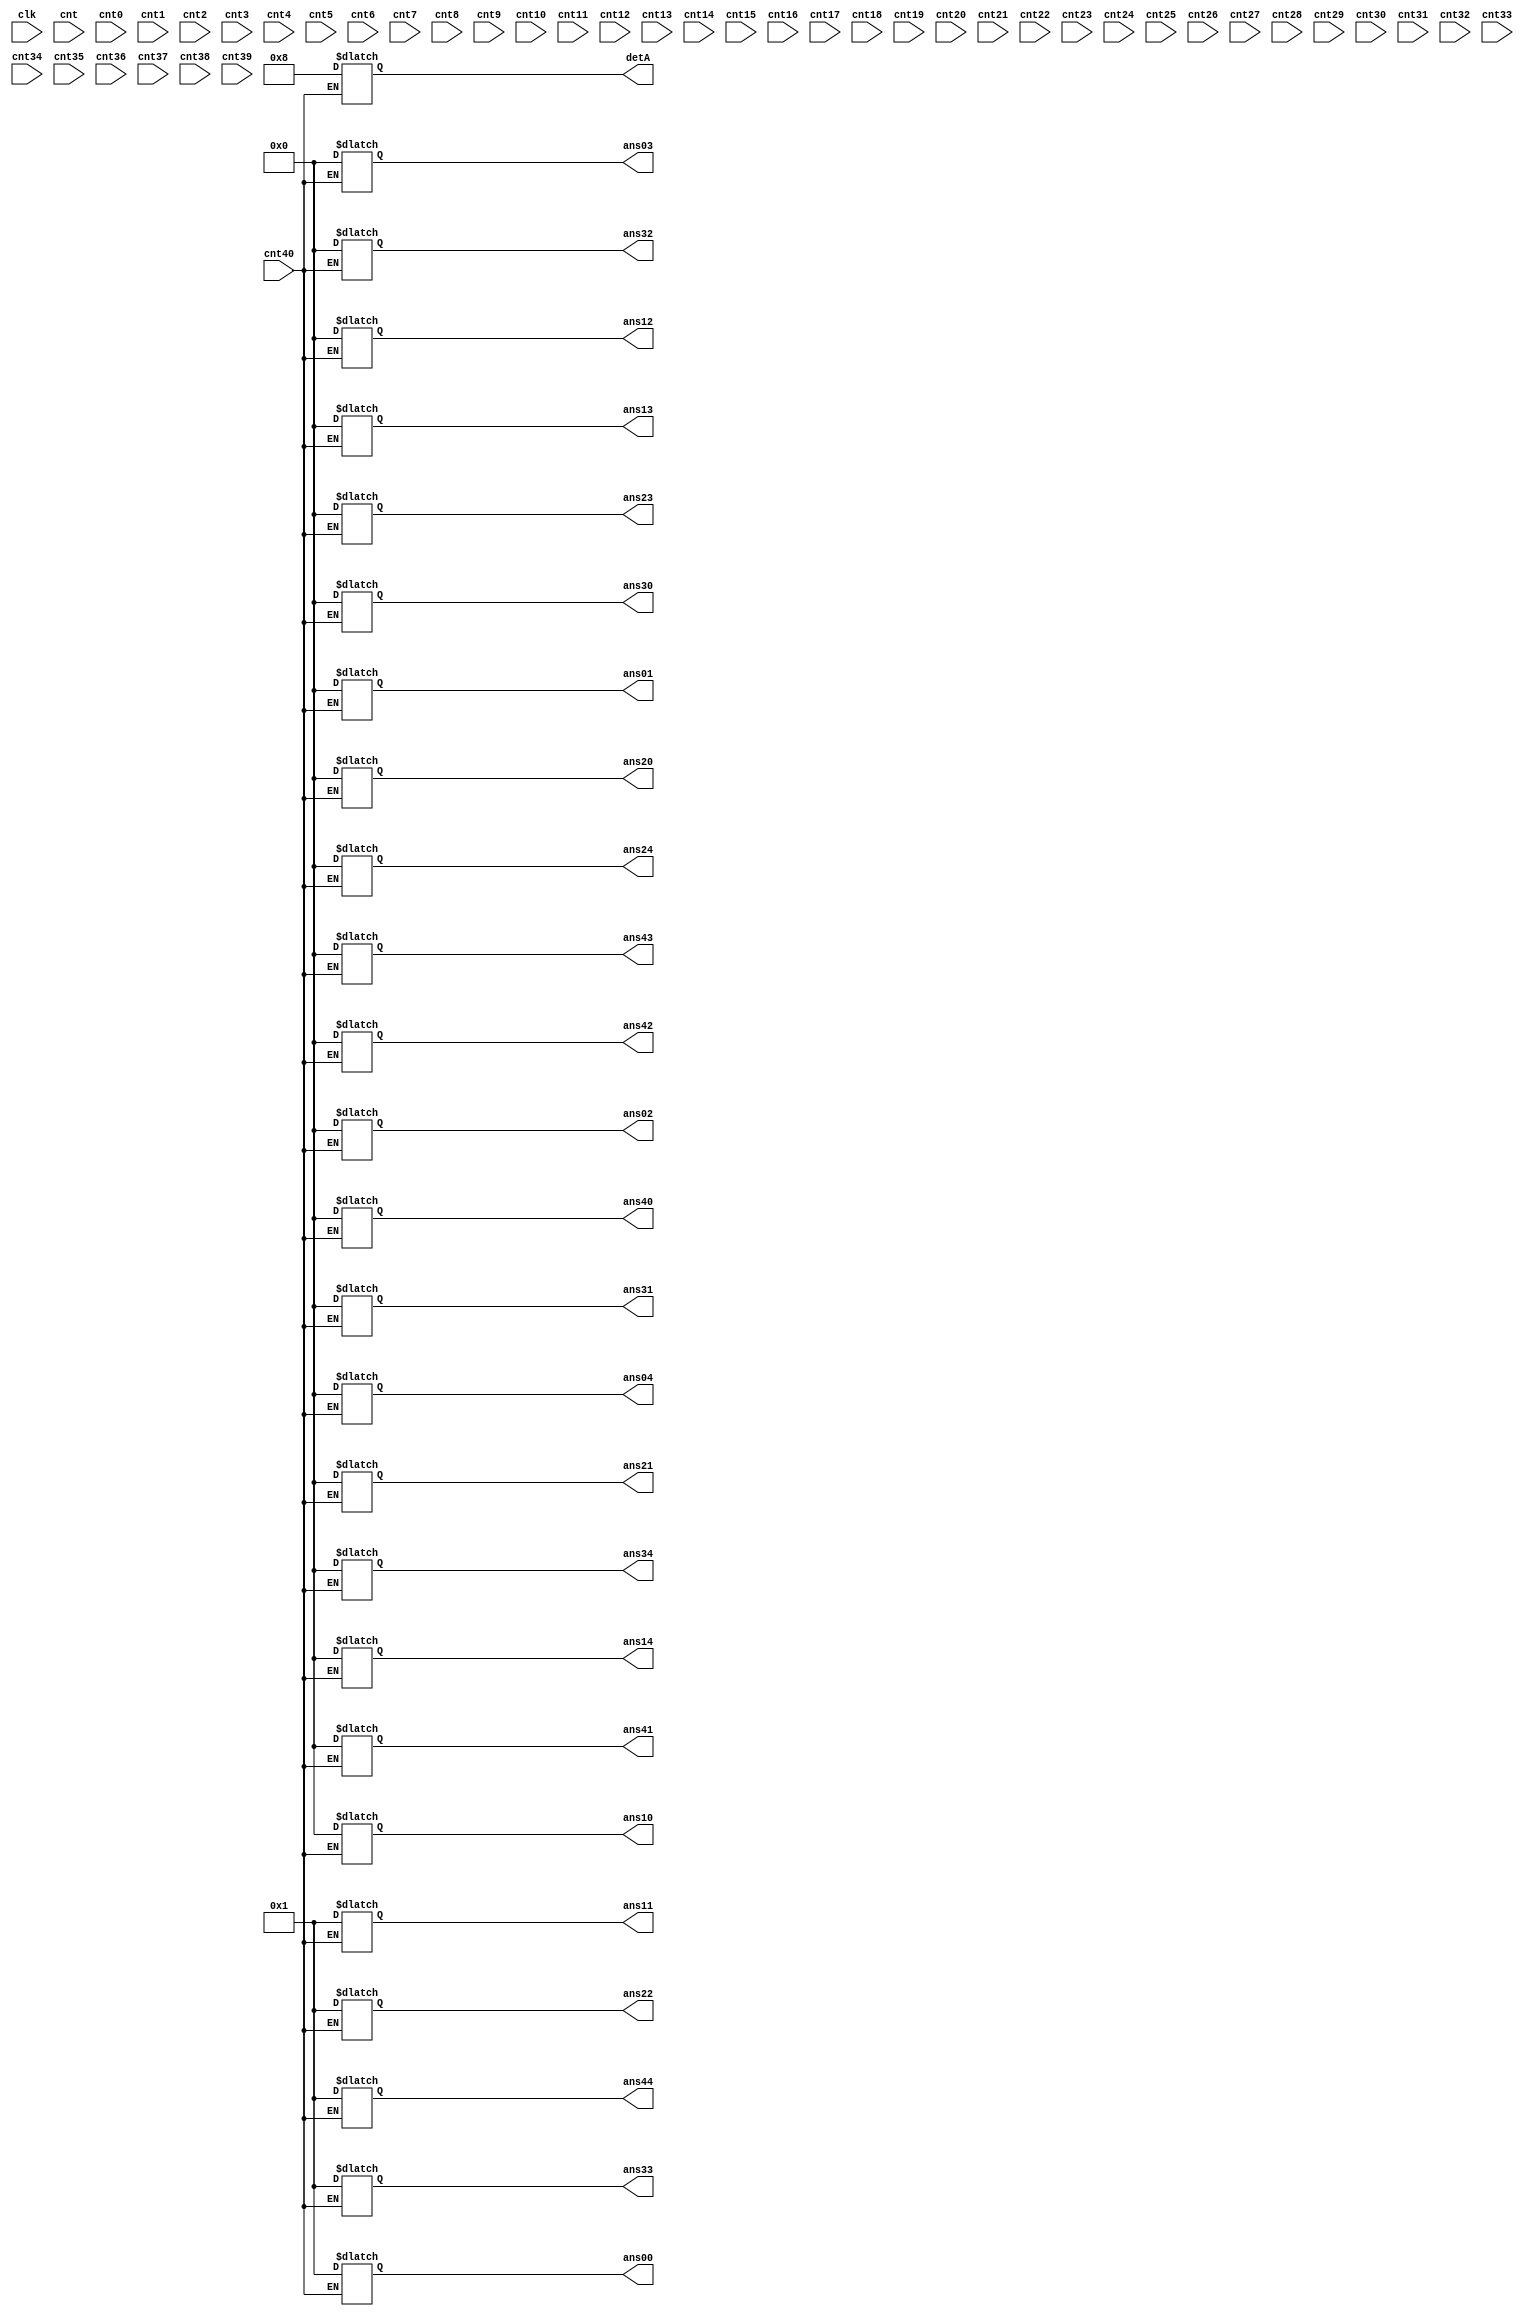
`timescale 1ns / 1ps
//////////////////////////////////////////////////////////////////////////////////
// Company: 
//  
// Design Name: 
// Module Name:    Inversion of matrix

//////////////////////////////////////////////////////////////////////////////////
module matrixInversion(clk ,cnt ,cnt40 , cnt0 , cnt1 ,cnt2 ,cnt3 , cnt4 ,cnt5 ,cnt6 ,cnt7 ,cnt8 ,cnt9,cnt10 , cnt11 ,cnt12 ,cnt13 , cnt14 ,cnt15 ,cnt16 ,cnt17 ,cnt18 ,cnt19,cnt20 , cnt21 ,cnt22 ,cnt23 , cnt24 ,cnt25 ,cnt26 ,cnt27 ,cnt28 ,cnt29,cnt30 , cnt31 ,cnt32 ,cnt33 , cnt34 ,cnt35 ,cnt36 ,cnt37 ,cnt38 ,cnt39,
		detA, ans00 , ans01 , ans02, ans03, ans04, ans10 , ans11 , ans12, ans13, ans14, ans20 , ans21 , ans22, ans23, ans24, ans30 , ans31 , ans32, ans33, ans34, ans40 , ans41 , ans42, ans43, ans44);

input clk;

reg [63:0] matrix [0:24];

output reg [63:0] ans00 , ans01 , ans02, ans03, ans04;
output reg [63:0] ans10 , ans11 , ans12, ans13, ans14;
output reg [63:0] ans20 , ans21 , ans22, ans23, ans24;
output reg [63:0] ans30 , ans31 , ans32, ans33, ans34;
output reg [63:0] ans40 , ans41 , ans42, ans43, ans44;
output reg [63:0] detA;

reg [63:0] a00 , a01 , a02 , a03 , a04 ,a05 , a06 , a07 , a08 , a09;
reg [63:0] a11 , a12 , a13 , a14 , a10 ,a15 , a16 , a17 , a18 , a19;
reg [63:0] a21 , a22 , a23 , a24 , a20 ,a25 , a26 , a27 , a28 , a29;
reg [63:0] a31 , a32 , a33 , a34 , a30 ,a35 , a36 , a37 , a38 , a39;
reg [63:0] a40 , a41 , a42 , a43 , a44 ,a45 , a46 , a47 , a48 , a49;

input cnt , cnt40;
input cnt0 , cnt1 ,cnt2 ,cnt3 , cnt4 ,cnt5 ,cnt6 ,cnt7 ,cnt8 ,cnt9;
input cnt10 , cnt11 ,cnt12 ,cnt13 , cnt14 ,cnt15 ,cnt16 ,cnt17 ,cnt18 ,cnt19;
input cnt20 , cnt21 ,cnt22 ,cnt23 , cnt24 ,cnt25 ,cnt26 ,cnt27 ,cnt28 ,cnt29;
input cnt30 , cnt31 ,cnt32 ,cnt33 , cnt34 ,cnt35 ,cnt36 ,cnt37 ,cnt38 ,cnt39;

always@(cnt)
begin
	a00 = 1;
	a01 = 0;
	a02 = 0;
	a03 = 0;
	a04 = 0;

	a05 = 1;
	a06 = 0;
	a07 = 0;
	a08 = 0;
	a09 = 0;


	a10 = 0;
	a11 = 2;
	a12 = 6;
	a13 = 0;
	a14 = 0;

	a15 = 0;
	a16 = 1;
	a17 = 0;
	a18 = 0;
	a19 = 0;


	a20 = 3;
	a21 = 0;
	a22 = 4;
	a23 = 4;
	a24 = 2;

	a25 = 0;
	a26 = 0;
	a27 = 1;
	a28 = 0;
	a29 = 0;


	a30 = 4;
	a31 = 0;
	a32 = 0;
	a33 = 1;
	a34 = 0;

	a35 = 0;
	a36 = 0;
	a37 = 0;
	a38 = 1;
	a39 = 0;


	a40 = 2;
	a41 = 4;
	a42 = 0;
	a43 = 0;
	a44 = 1;

	a45 = 0;
	a46 = 0;
	a47 = 0;
	a48 = 0;
	a49 = 1;

	//cnt0 = 1;

end
////////////////////////////////////////////////////////
/////////
////////////////////////////////////////////////////////

always@(cnt0)
begin 

	if(a10!=0)
	begin
	a00 <= a00 * a10;
	a01 <= a01 * a10;
	a02 <= a02 * a10;
	a03 <= a03 * a10;
	a04 <= a04 * a10;
	a05 <= a05 * a10;
	a06 <= a06 * a10;
	a07 <= a07 * a10;
	a08 <= a08 * a10;
	a09 <= a09 * a10;

	a10 <= a10 * a00;
	a11 <= a11 * a00;
	a12 <= a12 * a00;
	a13 <= a13 * a00;
	a14 <= a14 * a00;
	a15 <= a15 * a00;
	a16 <= a16 * a00;
	a17 <= a17 * a00;
	a18 <= a18 * a00;
	a19 <= a19 * a00;
	end
	//cnt1= 1;
end

always@(cnt1)
begin
	if(a10!=0)
	begin
	a10 <= a10-a00;
	a11 <= a11-a01;
	a12 <= a12-a02;
	a13 <= a13-a03;
	a14 <= a14-a04;
	a15 <= a15-a05;
	a16 <= a16-a06;
	a17 <= a17-a07;
	a18 <= a18-a08;
	a19 <= a19-a09;
	end
	//cnt2 = 1;
end

always@(cnt2)
begin
	if(a20 != 0)
	begin
	a00 <= a00 * a20;
	a01 <= a01 * a20;
	a02 <= a02 * a20;
	a03 <= a03 * a20;
	a04 <= a04 * a20;
	a05 <= a05 * a20;
	a06 <= a06 * a20;
	a07 <= a07 * a20;
	a08 <= a08 * a20;
	a09 <= a09 * a20;

	a20 <= a20 * a00;
	a21 <= a21 * a00;
	a22 <= a22 * a00;
	a23 <= a23 * a00;
	a24 <= a24 * a00;
	a25 <= a25 * a00;
	a26 <= a26 * a00;
	a27 <= a27 * a00;
	a28 <= a28 * a00;
	a29 <= a29 * a00;
	end
	//cnt3 = 1;
end

always@(cnt3)
begin
	if(a20 != 0)
	begin

	a20 <= a20-a00;
	a21 <= a21-a01;
	a22 <= a22-a02;
	a23 <= a23-a03;
	a24 <= a24-a04;
	a25 <= a25-a05;
	a26 <= a26-a06;
	a27 <= a27-a07;
	a28 <= a28-a08;
	a29 <= a29-a09;
	end
	//cnt4 = 1;
end


always@(cnt4)
begin
	if(a30 != 0)
	begin
	
	a00 <= a00 * a30;
	a01 <= a01 * a30;
	a02 <= a02 * a30;
	a03 <= a03 * a30;
	a04 <= a04 * a30;
	a05 <= a05 * a30;
	a06 <= a06 * a30;
	a07 <= a07 * a30;
	a08 <= a08 * a30;
	a09 <= a09 * a30;

	a30 <= a30 * a00;
	a31 <= a31 * a00;
	a32 <= a32 * a00;
	a33 <= a33 * a00;
	a34 <= a34 * a00;
	a35 <= a35 * a00;
	a36 <= a36 * a00;
	a37 <= a37 * a00;
	a38 <= a38 * a00;
	a39 <= a39 * a00;
	end
	//cnt5 = 1;
end

always@(cnt5)
begin
	if(a30 != 0)
	begin

	a30 <= a30-a00;
	a31 <= a31-a01;
	a32 <= a32-a02;
	a33 <= a33-a03;
	a34 <= a34-a04;
	a35 <= a35-a05;
	a36 <= a36-a06;
	a37 <= a37-a07;
	a38 <= a38-a08;
	a39 <= a39-a09;
	end
	//cnt6 = 1;
end


always@(cnt6)
begin
	if(a40 != 0)
	begin
	
	a00 <= a00 * a40;
	a01 <= a01 * a40;
	a02 <= a02 * a40;
	a03 <= a03 * a40;
	a04 <= a04 * a40;
	a05 <= a05 * a40;
	a06 <= a06 * a40;
	a07 <= a07 * a40;
	a08 <= a08 * a40;
	a09 <= a09 * a40;

	a40 <= a40 * a00;
	a41 <= a41 * a00;
	a42 <= a42 * a00;
	a43 <= a43 * a00;
	a44 <= a44 * a00;
	a45 <= a45 * a00;
	a46 <= a46 * a00;
	a47 <= a47 * a00;
	a48 <= a48 * a00;
	a49 <= a49 * a00;
	end
	//cnt7 = 1;
end

always@(cnt7)
begin
	if(a40 != 0)
	begin

	a40 <= a40-a00;
	a41 <= a41-a01;
	a42 <= a42-a02;
	a43 <= a43-a03;
	a44 <= a44-a04;
	a45 <= a45-a05;
	a46 <= a46-a06;
	a47 <= a47-a07;
	a48 <= a48-a08;
	a49 <= a49-a09;
	end
	//cnt8 = 1;
end

/////////////////////////////////////////////////////

always@(cnt8)
begin
	if(a21 != 0)
	begin
	
	a10 <= a10 * a21;
	a11 <= a11 * a21;
	a12 <= a12 * a21;
	a13 <= a13 * a21;
	a14 <= a14 * a21;
	a15 <= a15 * a21;
	a16 <= a16 * a21;
	a17 <= a17 * a21;
	a18 <= a18 * a21;
	a19 <= a19 * a21;

	a20 <= a20 * a11;
	a21 <= a21 * a11;
	a22 <= a22 * a11;
	a23 <= a23 * a11;
	a24 <= a24 * a11;
	a25 <= a25 * a11;
	a26 <= a26 * a11;
	a27 <= a27 * a11;
	a28 <= a28 * a11;
	a29 <= a29 * a11;
	end
	//cnt9 = 1;
end

always@(cnt9)
begin
	if(a21 != 0)
	begin

	a20 <= a20-a10;
	a21 <= a21-a11;
	a22 <= a22-a12;
	a23 <= a23-a13;
	a24 <= a24-a14;
	a25 <= a25-a15;
	a26 <= a26-a16;
	a27 <= a27-a17;
	a28 <= a28-a18;
	a29 <= a29-a19;
	end
	//cnt10 = 1;
end

always@(cnt10)
begin
	if(a31 != 0)
	begin
	
	a10 <= a10 * a31;
	a11 <= a11 * a31;
	a12 <= a12 * a31;
	a13 <= a13 * a31;
	a14 <= a14 * a31;
	a15 <= a15 * a31;
	a16 <= a16 * a31;
	a17 <= a17 * a31;
	a18 <= a18 * a31;
	a19 <= a19 * a31;

	a30 <= a30 * a11;
	a31 <= a31 * a11;
	a32 <= a32 * a11;
	a33 <= a33 * a11;
	a34 <= a34 * a11;
	a35 <= a35 * a11;
	a36 <= a36 * a11;
	a37 <= a37 * a11;
	a38 <= a38 * a11;
	a39 <= a39 * a11;
	end
	//cnt11 = 1;
end

always@(cnt11)
begin
	if(a31 != 0)
	begin

	a30 <= a30-a10;
	a31 <= a31-a11;
	a32 <= a32-a12;
	a33 <= a33-a13;
	a34 <= a34-a14;
	a35 <= a35-a15;
	a36 <= a36-a16;
	a37 <= a37-a17;
	a38 <= a38-a18;
	a39 <= a39-a19;
	end
	//cnt12 = 1;
end

always@(cnt12)
begin
	if(a41 != 0)
	begin
	
	a10 <= a10 * a41;
	a11 <= a11 * a41;
	a12 <= a12 * a41;
	a13 <= a13 * a41;
	a14 <= a14 * a41;
	a15 <= a15 * a41;
	a16 <= a16 * a41;
	a17 <= a17 * a41;
	a18 <= a18 * a41;
	a19 <= a19 * a41;

	a40 <= a40 * a11;
	a41 <= a41 * a11;
	a42 <= a42 * a11;
	a43 <= a43 * a11;
	a44 <= a44 * a11;
	a45 <= a45 * a11;
	a46 <= a46 * a11;
	a47 <= a47 * a11;
	a48 <= a48 * a11;
	a49 <= a49 * a11;
	end
	//cnt13 = 1;
end

always@(cnt13)
begin
	if(a41 != 0)
	begin

	a40 <= a40-a10;
	a41 <= a41-a11;
	a42 <= a42-a12;
	a43 <= a43-a13;
	a44 <= a44-a14;
	a45 <= a45-a15;
	a46 <= a46-a16;
	a47 <= a47-a17;
	a48 <= a48-a18;
	a49 <= a49-a19;
	end
	//cnt14 = 1;
end

//////////////////////////////////////////////////

always@(cnt14)
begin
	if(a32 != 0)
	begin
	
	a20 <= a20 * a32;
	a21 <= a21 * a32;
	a22 <= a22 * a32;
	a23 <= a23 * a32;
	a24 <= a24 * a32;
	a25 <= a25 * a32;
	a26 <= a26 * a32;
	a27 <= a27 * a32;
	a28 <= a28 * a32;
	a29 <= a29 * a32;

	a30 <= a30 * a22;
	a31 <= a31 * a22;
	a32 <= a32 * a22;
	a33 <= a33 * a22;
	a34 <= a34 * a22;
	a35 <= a35 * a22;
	a36 <= a36 * a22;
	a37 <= a37 * a22;
	a38 <= a38 * a22;
	a39 <= a39 * a22;
	end
	//cnt15 = 1;
end

always@(cnt15)
begin
	if(a32 != 0)
	begin

	a30 <= a30-a20;
	a31 <= a31-a21;
	a32 <= a32-a22;
	a33 <= a33-a23;
	a34 <= a34-a24;
	a35 <= a35-a25;
	a36 <= a36-a26;
	a37 <= a37-a27;
	a38 <= a38-a28;
	a39 <= a39-a29;
	end
	//cnt16 = 1;
end

always@(cnt16)
begin
	if(a42 != 0)
	begin
	
	a20 <= a20 * a42;
	a21 <= a21 * a42;
	a22 <= a22 * a42;
	a23 <= a23 * a42;
	a24 <= a24 * a42;
	a25 <= a25 * a42;
	a26 <= a26 * a42;
	a27 <= a27 * a42;
	a28 <= a28 * a42;
	a29 <= a29 * a42;

	a40 <= a40 * a22;
	a41 <= a41 * a22;
	a42 <= a42 * a22;
	a43 <= a43 * a22;
	a44 <= a44 * a22;
	a45 <= a45 * a22;
	a46 <= a46 * a22;
	a47 <= a47 * a22;
	a48 <= a48 * a22;
	a49 <= a49 * a22;
	end
	//cnt17 = 1;
end

always@(cnt17)
begin
	if(a42 != 0)
	begin

	a40 <= a40-a20;
	a41 <= a41-a21;
	a42 <= a42-a22;
	a43 <= a43-a23;
	a44 <= a44-a24;
	a45 <= a45-a25;
	a46 <= a46-a26;
	a47 <= a47-a27;
	a48 <= a48-a28;
	a49 <= a49-a29;
	end
	//cnt18 = 1;
end


//////////////////////////////////////////////////

always@(cnt18)
begin
	if(a43 != 0)
	begin
	
	a30 <= a30 * a43;
	a31 <= a31 * a43;
	a32 <= a32 * a43;
	a33 <= a33 * a43;
	a34 <= a34 * a43;
	a35 <= a35 * a43;
	a36 <= a36 * a43;
	a37 <= a37 * a43;
	a38 <= a38 * a43;
	a39 <= a39 * a43;

	a40 <= a40 * a33;
	a41 <= a41 * a33;
	a42 <= a42 * a33;
	a43 <= a43 * a33;
	a44 <= a44 * a33;
	a45 <= a45 * a33;
	a46 <= a46 * a33;
	a47 <= a47 * a33;
	a48 <= a48 * a33;
	a49 <= a49 * a33;
	end
	//cnt19 = 1;
end

always@(cnt19)
begin
	if(a43 != 0)
	begin

	a40 <= a40-a30;
	a41 <= a41-a31;
	a42 <= a42-a32;
	a43 <= a43-a33;
	a44 <= a44-a34;
	a45 <= a45-a35;
	a46 <= a46-a36;
	a47 <= a47-a37;
	a48 <= a48-a38;
	a49 <= a49-a39;
	end
	//cnt20 = 1;
end

//////////////////////////////////////////////////////////
/////////
//////////////////////////////////////////////////////////

always@(cnt20)
begin
	if(a34 != 0)
	begin 

	a40 <= a40 * a34;
	a41 <= a41 * a34;
	a42 <= a42 * a34;
	a43 <= a43 * a34;
	a44 <= a44 * a34;
	a45 <= a45 * a34;
	a46 <= a46 * a34;
	a47 <= a47 * a34;
	a48 <= a48 * a34;
	a49 <= a49 * a34;
	
	a30 <= a30 * a44;
	a31 <= a31 * a44;
	a32 <= a32 * a44;
	a33 <= a33 * a44;
	a34 <= a34 * a44;
	a35 <= a35 * a44;
	a36 <= a36 * a44;
	a37 <= a37 * a44;
	a38 <= a38 * a44;
	a39 <= a39 * a44;
	end
	//cnt21 = 1;
end

always@(cnt21)
begin
	if(a34 != 0)
	begin
	
	a30 <= a30-a40;
	a31 <= a31-a41;
	a32 <= a32-a42;
	a33 <= a33-a43;
	a34 <= a34-a44;
	a35 <= a35-a45;
	a36 <= a36-a46;
	a37 <= a37-a47;
	a38 <= a38-a48;
	a39 <= a39-a49;
	end
	//cnt22 = 1;
end

always@(cnt22)
begin
	if(a24 != 0)
	begin 

	a40 <= a40 * a24;
	a41 <= a41 * a24;
	a42 <= a42 * a24;
	a43 <= a43 * a24;
	a44 <= a44 * a24;
	a45 <= a45 * a24;
	a46 <= a46 * a24;
	a47 <= a47 * a24;
	a48 <= a48 * a24;
	a49 <= a49 * a24;
	
	a20 <= a20 * a44;
	a21 <= a21 * a44;
	a22 <= a22 * a44;
	a23 <= a23 * a44;
	a24 <= a24 * a44;
	a25 <= a25 * a44;
	a26 <= a26 * a44;
	a27 <= a27 * a44;
	a28 <= a28 * a44;
	a29 <= a29 * a44;
	end
	//cnt23 = 1;
end

always@(cnt23)
begin
	if(a24 != 0)
	begin
	
	a20 <= a20-a40;
	a21 <= a21-a41;
	a22 <= a22-a42;
	a23 <= a23-a43;
	a24 <= a24-a44;
	a25 <= a25-a45;
	a26 <= a26-a46;
	a27 <= a27-a47;
	a28 <= a28-a48;
	a29 <= a29-a49;
	end
	//cnt24 = 1;
end

always@(cnt24)
begin
	if(a14 != 0)
	begin 

	a40 <= a40 * a14;
	a41 <= a41 * a14;
	a42 <= a42 * a14;
	a43 <= a43 * a14;
	a44 <= a44 * a14;
	a45 <= a45 * a14;
	a46 <= a46 * a14;
	a47 <= a47 * a14;
	a48 <= a48 * a14;
	a49 <= a49 * a14;
	
	a10 <= a10 * a44;
	a11 <= a11 * a44;
	a12 <= a12 * a44;
	a13 <= a13 * a44;
	a14 <= a14 * a44;
	a15 <= a15 * a44;
	a16 <= a16 * a44;
	a17 <= a17 * a44;
	a18 <= a18 * a44;
	a19 <= a19 * a44;
	end
	//cnt25 = 1;
end

always@(cnt25)
begin
	if(a14 != 0)
	begin
	
	a10 <= a10-a40;
	a11 <= a11-a41;
	a12 <= a12-a42;
	a13 <= a13-a43;
	a14 <= a14-a44;
	a15 <= a15-a45;
	a16 <= a16-a46;
	a17 <= a17-a47;
	a18 <= a18-a48;
	a19 <= a19-a49;
	end
	//cnt26 = 1;
end

always@(cnt26)
begin
	if(a04 != 0)
	begin 

	a40 <= a40 * a04;
	a41 <= a41 * a04;
	a42 <= a42 * a04;
	a43 <= a43 * a04;
	a44 <= a44 * a04;
	a45 <= a45 * a04;
	a46 <= a46 * a04;
	a47 <= a47 * a04;
	a48 <= a48 * a04;
	a49 <= a49 * a04;

	a00 <= a00 * a44;
	a01 <= a01 * a44;
	a02 <= a02 * a44;
	a03 <= a03 * a44;
	a04 <= a04 * a44;
	a05 <= a05 * a44;
	a06 <= a06 * a44;
	a07 <= a07 * a44;
	a08 <= a08 * a44;
	a09 <= a09 * a44;
	end
	//cnt27 = 1;
end

always@(cnt27)
begin
	if(a04 != 0)
	begin
	
	a00 <= a00-a40;
	a01 <= a01-a41;
	a02 <= a02-a42;
	a03 <= a03-a43;
	a04 <= a04-a44;
	a05 <= a05-a45;
	a06 <= a06-a46;
	a07 <= a07-a47;
	a08 <= a08-a48;
	a09 <= a09-a49;
	end
	//cnt28 = 1;
end

////////////////////////////////////////////////

always@(cnt28)
begin
	if(a23 != 0)
	begin

	a30 <= a30 * a23;
	a31 <= a31 * a23;
	a32 <= a32 * a23;
	a33 <= a33 * a23;
	a34 <= a34 * a23;
	a35 <= a35 * a23;
	a36 <= a36 * a23;
	a37 <= a37 * a23;
	a38 <= a38 * a23;
	a39 <= a39 * a23;
	
	a20 <= a20 * a33;
	a21 <= a21 * a33;
	a22 <= a22 * a33;
	a23 <= a23 * a33;
	a24 <= a24 * a33;
	a25 <= a25 * a33;
	a26 <= a26 * a33;
	a27 <= a27 * a33;
	a28 <= a28 * a33;
	a29 <= a29 * a33;
	end
	//cnt29 = 1;
end

always@(cnt29)
begin
	if(a23 != 0)
	begin
	
	a20 <= a20-a30;
	a21 <= a21-a31;
	a22 <= a22-a32;
	a23 <= a23-a33;
	a24 <= a24-a34;
	a25 <= a25-a35;
	a26 <= a26-a36;
	a27 <= a27-a37;
	a28 <= a28-a38;
	a29 <= a29-a39;
	end
	//cnt30 = 1;
end

always@(cnt30)
begin
	if(a13 != 0)
	begin

	a30 <= a30 * a13;
	a31 <= a31 * a13;
	a32 <= a32 * a13;
	a33 <= a33 * a13;
	a34 <= a34 * a13;
	a35 <= a35 * a13;
	a36 <= a36 * a13;
	a37 <= a37 * a13;
	a38 <= a38 * a13;
	a39 <= a39 * a13;
	
	a10 <= a10 * a33;
	a11 <= a11 * a33;
	a12 <= a12 * a33;
	a13 <= a13 * a33;
	a14 <= a14 * a33;
	a15 <= a15 * a33;
	a16 <= a16 * a33;
	a17 <= a17 * a33;
	a18 <= a18 * a33;
	a19 <= a19 * a33;
	end
	//cnt31 = 1;
end

always@(cnt31)
begin
	if(a13 != 0)
	begin
	
	a10 <= a10-a30;
	a11 <= a11-a31;
	a12 <= a12-a32;
	a13 <= a13-a33;
	a14 <= a14-a34;
	a15 <= a15-a35;
	a16 <= a16-a36;
	a17 <= a17-a37;
	a18 <= a18-a38;
	a19 <= a19-a39;
	end
	//cnt32 = 1;
end

always@(cnt32)
begin
	if(a03 != 0)
	begin

	a30 <= a30 * a03;
	a31 <= a31 * a03;
	a32 <= a32 * a03;
	a33 <= a33 * a03;
	a34 <= a34 * a03;
	a35 <= a35 * a03;
	a36 <= a36 * a03;
	a37 <= a37 * a03;
	a38 <= a38 * a03;
	a39 <= a39 * a03;
	
	a00 <= a00 * a33;
	a01 <= a01 * a33;
	a02 <= a02 * a33;
	a03 <= a03 * a33;
	a04 <= a04 * a33;
	a05 <= a05 * a33;
	a06 <= a06 * a33;
	a07 <= a07 * a33;
	a08 <= a08 * a33;
	a09 <= a09 * a33;
	end
	//cnt33 = 1;
end

always@(cnt33)
begin
	if(a03 != 0)
	begin
	
	a00 <= a00-a30;
	a01 <= a01-a31;
	a02 <= a02-a32;
	a03 <= a03-a33;
	a04 <= a04-a34;
	a05 <= a05-a35;
	a06 <= a06-a36;
	a07 <= a07-a37;
	a08 <= a08-a38;
	a09 <= a09-a39;
	end
	//cnt34 = 1;
end

//////////////////////////////////////////////////

always@(cnt34)
begin
	if(a12 != 0)
	begin

	a20 <= a20 * a12;
	a21 <= a21 * a12;
	a22 <= a22 * a12;
	a23 <= a23 * a12;
	a24 <= a24 * a12;
	a25 <= a25 * a12;
	a26 <= a26 * a12;
	a27 <= a27 * a12;
	a28 <= a28 * a12;
	a29 <= a29 * a12;
	
	a10 <= a10 * a22;
	a11 <= a11 * a22;
	a12 <= a12 * a22;
	a13 <= a13 * a22;
	a14 <= a14 * a22;
	a15 <= a15 * a22;
	a16 <= a16 * a22;
	a17 <= a17 * a22;
	a18 <= a18 * a22;
	a19 <= a19 * a22;
	end
	//cnt35 = 1;
end

always@(cnt35)
begin
	if(a12 != 0)
	begin
	
	a10 <= a10-a20;
	a11 <= a11-a21;
	a12 <= a12-a22;
	a13 <= a13-a23;
	a14 <= a14-a24;
	a15 <= a15-a25;
	a16 <= a16-a26;
	a17 <= a17-a27;
	a18 <= a18-a28;
	a19 <= a19-a29;
	end
	//cnt36= 1;
end

always@(cnt36)
begin
	if(a02 != 0)
	begin

	a20 <= a20 * a02;
	a21 <= a21 * a02;
	a22 <= a22 * a02;
	a23 <= a23 * a02;
	a24 <= a24 * a02;
	a25 <= a25 * a02;
	a26 <= a26 * a02;
	a27 <= a27 * a02;
	a28 <= a28 * a02;
	a29 <= a29 * a02;
	
	a00 <= a00 * a22;
	a01 <= a01 * a22;
	a02 <= a02 * a22;
	a03 <= a03 * a22;
	a04 <= a04 * a22;
	a05 <= a05 * a22;
	a06 <= a06 * a22;
	a07 <= a07 * a22;
	a08 <= a08 * a22;
	a09 <= a09 * a22;
	end
	//cnt37 = 1;
end

always@(cnt37)
begin
	if(a02 != 0)
	begin
	
	a00 <= a00-a30;
	a01 <= a01-a31;
	a02 <= a02-a32;
	a03 <= a03-a33;
	a04 <= a04-a34;
	a05 <= a05-a35;
	a06 <= a06-a36;
	a07 <= a07-a37;
	a08 <= a08-a38;
	a09 <= a09-a39;
	end
	//cnt38= 1;
end

//////////////////////////////////////////////////////

always@(cnt38)
begin
	if(a01 != 0)
	begin
	
	a10 <= a10 * a01;
	a11 <= a11 * a01;
	a12 <= a12 * a01;
	a13 <= a13 * a01;
	a14 <= a14 * a01;
	a15 <= a15 * a01;
	a16 <= a16 * a01;
	a17 <= a17 * a01;
	a18 <= a18 * a01;
	a19 <= a19 * a01;
	
	a00 <= a00 * a11;
	a01 <= a01 * a11;
	a02 <= a02 * a11;
	a03 <= a03 * a11;
	a04 <= a04 * a11;
	a05 <= a05 * a11;
	a06 <= a06 * a11;
	a07 <= a07 * a11;
	a08 <= a08 * a11;
	a09 <= a09 * a11;
	end
	//cnt39 = 1;
	
end

always@(cnt39)
begin
	if(a01 != 0)
	begin
	
	a00 <= a00 - a10;
	a01 <= a01 - a11;
	a02 <= a02 - a12;
	a03 <= a03 - a13;
	a04 <= a04 - a14;
	a05 <= a05 - a15;
	a06 <= a06 - a16;
	a07 <= a07 - a17;
	a08 <= a08 - a18;
	a09 <= a09 - a19;
	end
end

always@(cnt40)
begin
	
	if(cnt40 == 1'b1)
	begin
		ans00 <= a05;
		ans01 <= a06;
		ans02 <= a07;
		ans03 <= a08;
		ans04 <= a09;
		
		
		ans10 <= a15;
		ans11 <= a16;
		ans12 <= a17;
		ans13 <= a18;
		ans14 <= a19;
		
		
		ans20 <= a25;
		ans21 <= a26;
		ans22 <= a27;
		ans23 <= a28;
		ans24 <= a29;
		
		ans30 <= a35;
		ans31 <= a36;
		ans32 <= a37;
		ans33 <= a38;
		ans34 <= a39;
		
		
		ans40 <= a45;
		ans41 <= a46;
		ans42 <= a47;
		ans43 <= a48;
		ans44 <= a49;
		
		detA = (((a00 * a11) * (a22 * a33)) * a44);
	end
end

endmodule